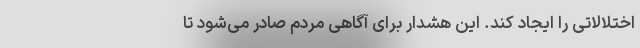
اختلالاتی را ایجاد کند. این هشدار برای آگاهی مردم صادر می‌شود تا